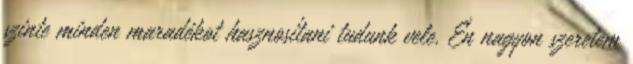
szinte minden maradékot hasznosítani tudunk vele. Én nagyon szeretem